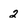
Character: 2